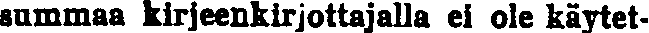
summaa kirjeenkirjottajalla ei ole käytet-